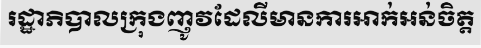
រដ្ឋាភិបាលក្រុងញូវដែលីមានការអាក់អន់ចិត្ត